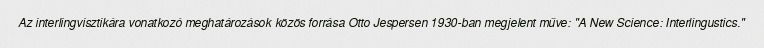
Az interlingvisztikára vonatkozó meghatározások közös forrása Otto Jespersen 1930-ban megjelent műve: "A New Science: Interlingustics."